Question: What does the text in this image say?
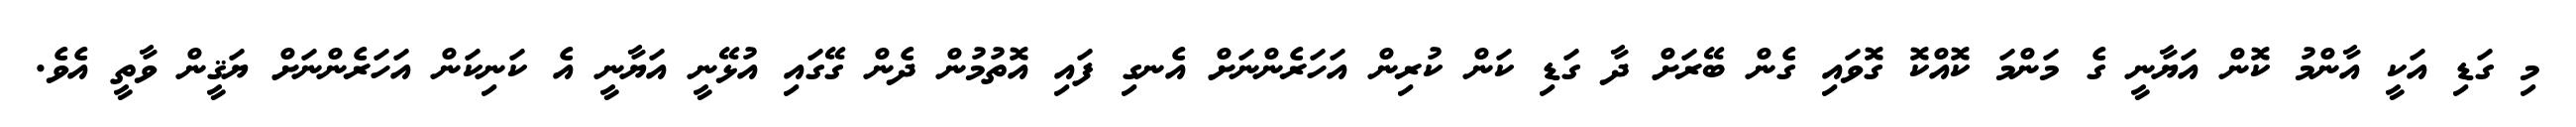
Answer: މި ގަޑި އަކީ އާންމު ކޮން އަޔާނީ ގެ މަންމަ ކޮއްކޮ ގޮވައި ގެން ބޭރަށް ދާ ގަޑި ކަން ކުރިން އަހަރެންނަށް އެނގި ފައި އޮތުމުން ދެން ގޭގައި އުޅޭނީ އަޔާނީ އެ ކަނިކަން އަހަރެންނަށް ޔަޤީން ވާތީ އެވެ.